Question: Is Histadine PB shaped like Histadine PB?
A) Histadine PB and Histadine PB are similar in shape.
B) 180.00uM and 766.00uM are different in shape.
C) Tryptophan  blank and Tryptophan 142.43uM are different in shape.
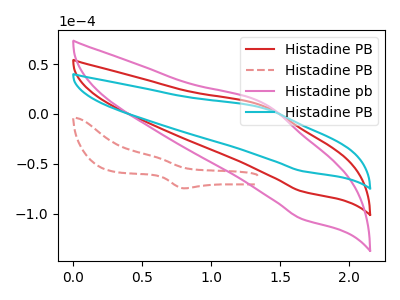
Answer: <think>The red curve "Histadine PB" has an anodic peak at (1.40V, 7.80uA) and a cathodic peak at (1.65V, -77.55uA). The red dashed curve "Histadine PB" has an anodic peak at (0.60V, -42.95uA) and a cathodic peak at (0.80V, -74.45uA). The pink curve "Histadine pb" has an anodic peak at (1.40V, 15.60uA) and a cathodic peak at (1.65V, -155.10uA). The cyan curve "Histadine PB" has an anodic peak at (1.40V, 5.75uA) and a cathodic peak at (1.65V, -57.15uA).
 All the peaks in "Histadine PB" have a peak in "Histadine PB" at the same potential. Every peak in "Histadine PB" is lower than every peak in "Histadine PB".</think>
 <answer>A) "Histadine PB" and "Histadine PB" are similar in shape.</answer>
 <eval>A</eval>